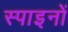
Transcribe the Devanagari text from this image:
स्पाइनों